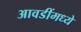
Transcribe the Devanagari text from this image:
आवडींमध्ये